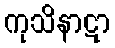
ကုသိနာဋာ